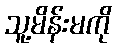
သူ့မိန်းမကို